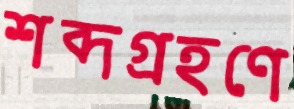
শব্দগ্রহণে